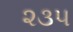
૨૩૫